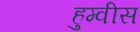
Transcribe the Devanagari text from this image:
हुम्वीस